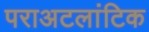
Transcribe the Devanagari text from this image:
पराअटलांटिक